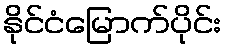
နိုင်ငံမြောက်ပိုင်း